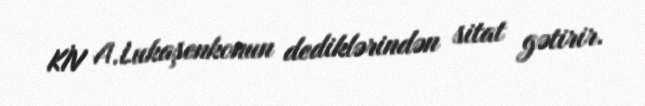
KİV A.Lukaşenkonun dediklərindən sitat gətirir.